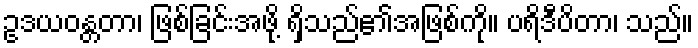
ဥဒယဝန္တတာ၊ ဖြစ်ခြင်းအဖို့ ရှိသည်၏အဖြစ်ကို။ ပရိဒီပိတာ၊ သည်။